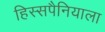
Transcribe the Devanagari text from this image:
हिस्सपैनियाला